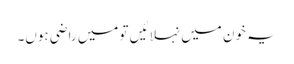
یہ خون میں نہلائیں تو میں راضی ہوں۔